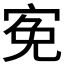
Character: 𡨚